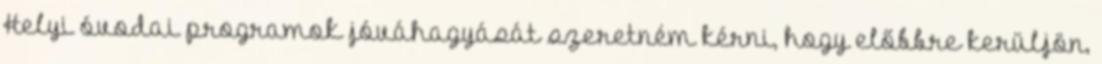
Helyi óvodai programok jóváhagyását szeretném kérni, hogy előbbre kerüljön,